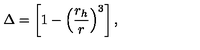
\Delta = \left[ 1 - \left( { \frac { r _ { h } } { r } } \right) ^ { 3 } \right] ,